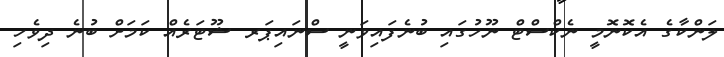
ލަންކާގެ އެކޮނޮމީ ނެކްސްޓް ނޫހުގައި ބުނެފައިވަނީ ސްނައިޕަރ ޝޫޓަރެއް ކަމަށް ބުނެ ދިވެހި